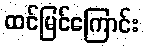
ထင်မြင်ကြောင်း